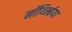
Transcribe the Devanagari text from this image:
नॉर्थ्म्ब्रिया